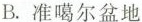
B.准噶尔盆地